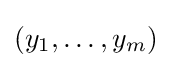
(y_{1},\dots ,y_{m})